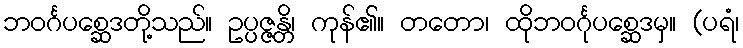
ဘဝင်္ဂပစ္ဆေဒတို့သည်။ ဥပ္ပဇ္ဇန္တိ၊ ကုန်၏။ တတော၊ ထိုဘဝင်္ဂုပစ္ဆေဒမှ။ (ပရံ၊